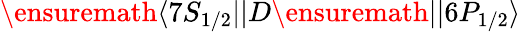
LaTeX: \ensuremath{\langle 7S_{1/2}||}D\ensuremath{||6P_{1/2}\rangle}